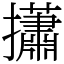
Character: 𢸳